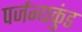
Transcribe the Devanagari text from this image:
पर्जन्यकुंड